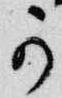
可